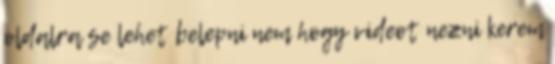
oldalra se lehet belepni nem hogy videot nezni kerem